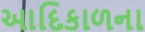
આદિકાળના